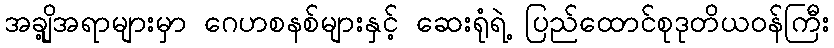
အချို့အရာများမှာ ဂေဟစနစ်များနှင့် ဆေးရုံရဲ့ ပြည်ထောင်စုဒုတိယဝန်ကြီး